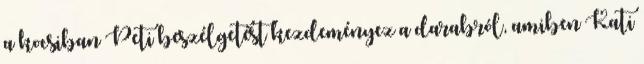
a kocsiban Peti beszélgetést kezdeményez a darabról, amiben Kati